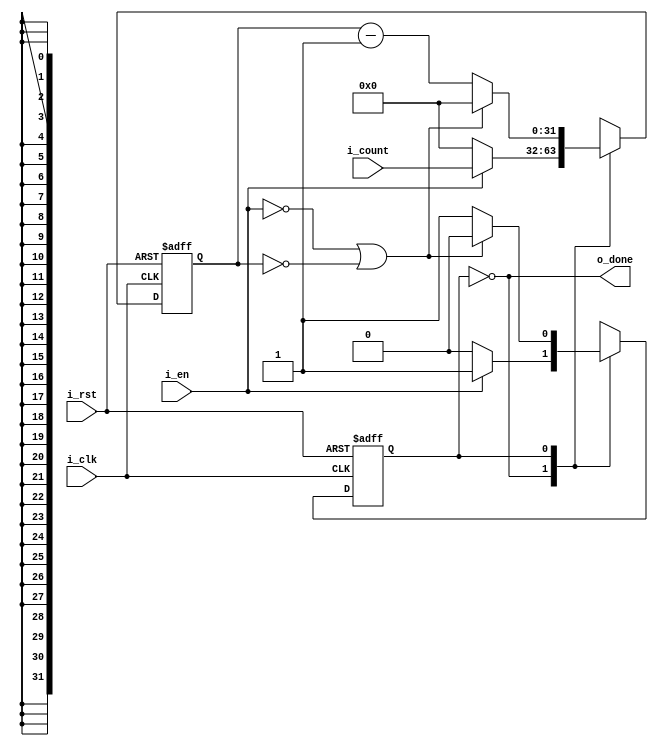
`timescale 1ns / 1ps

module Counter(
    input wire i_clk,
    input wire i_rst,
    input wire[ 31:0 ] i_count,
    input wire i_en,
    output wire o_done
    );

localparam
    IDLE = 0,
    COUNTING = 1;

reg[ 31:0 ] r_counter = 0;
reg[ 31:0 ] r_counter_nxt = 0;
reg r_state = IDLE;
reg r_state_nxt = IDLE;

assign o_done = ( r_state == IDLE );

always @( * )
begin
    case( r_state )
        IDLE:
        begin
            if ( i_en )
            begin
                r_state_nxt = COUNTING;
                r_counter_nxt = i_count;
            end
            else
            begin
                r_state_nxt = IDLE;
                r_counter_nxt = 0;
            end
        end

        COUNTING:
        begin
            if ( !i_en || r_counter == 0 )
            begin
                r_state_nxt = IDLE;
                r_counter_nxt = 0;
            end
            else
            begin
                r_counter_nxt = r_counter - 1;
                r_state_nxt = COUNTING;
            end
        end
    endcase
end

always @( posedge i_clk, negedge i_rst )
begin
    if ( ~i_rst )
    begin
        r_state <= IDLE;
        r_counter <= 0;
    end
    else
    begin
        r_state <= r_state_nxt;
        r_counter <= r_counter_nxt;
    end
end

endmodule